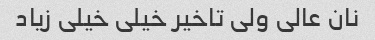
نان عالی ولی تاخیر خیلی خیلی زیاد